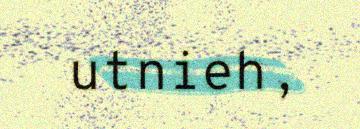
utnieh,